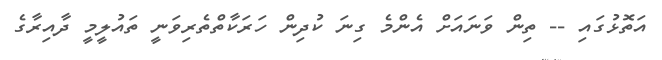
އަތޮޅުގައި -- ތިން ވަނައަށް އެންމެ ގިނަ ކުދިން ހަރަކާތްތެރިވަނީ ތައުލީމީ ދާއިރާގެ